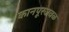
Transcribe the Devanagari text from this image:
कानपूरजवळ